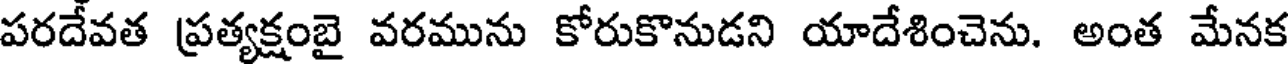
పరదేవత ప్రత్యక్షంబై వరమును కోరుకొనుడని యాదేశించెను. అంత మేనక